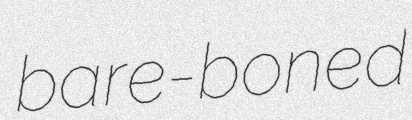
bare-boned